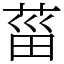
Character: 菑